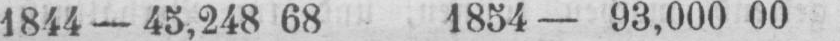
1844 - 45,248 68 1854 - 93,000 00